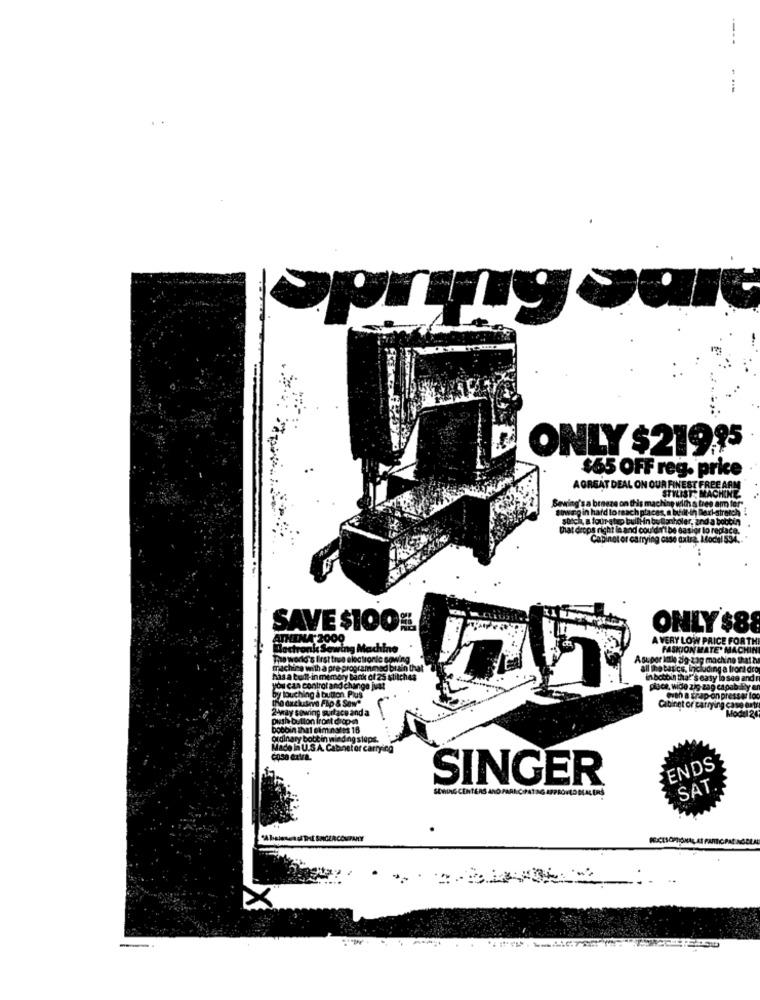
----
--
Spring var
ONLY $21995
$65 OFF reg. price
A GREAT DEAL ON OUR FINEST FREE ARM
STYLIST MACHINE
Sewing's a brasze on this machine with a tree am ter-
wirgin hard to reach places, a built-in Back-stretch
that deops richt le and couldn't be easier lo rec
ch a four step bullin bu Banholer, and a botten
SAVE $100%
ONLY $88
A VERY LOW PRICE FORTH
Sewing
achine
FASHION MATE' MACHIN
The world's first true electronic so
det) og Lag machine that a
machine with a pre- program
basics, including a trora dro
has a built-in memory bank of 25 stitches
bobbin that's easy lo
As easy lo see and
by louching a button. Plus
you can control and change just
(ho duckseve FAp & Sow"
2-May sowing surface and a
Cabinet or carrying case anty
push button front drop-in
anda
Modul 24
bocoin that dim notes 18
ordinary bottin winding slaps.
Made in U.S.A. Cabinet or carrying
cosa extra.
ENDS
SINGER
SAT ..
"AbstandTHE SHCERCO PANY